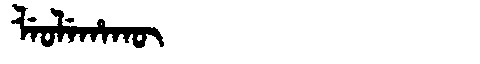
Manchu: ᠯᡝᠣᠯᡝᡥᠠᡴᡡ
Romanization: LEOLEHAKŪ